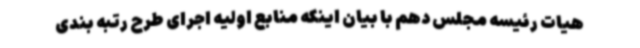
هیات رئیسه مجلس دهم با بیان اینکه منابع اولیه اجرای طرح رتبه بندی